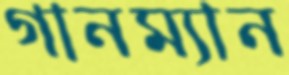
গানম্যান